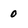
Character: o